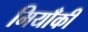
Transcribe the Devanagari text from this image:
मियाँकी